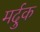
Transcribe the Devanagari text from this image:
मर्दुक